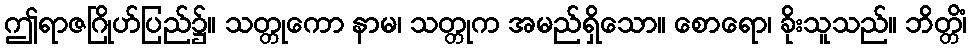
ဤရာဇဂြိုဟ်ပြည်၌။ သတ္တုကော နာမ၊ သတ္တုက အမည်ရှိသော။ စောရော၊ ခိုးသူသည်။ ဘိတ္တိံ၊